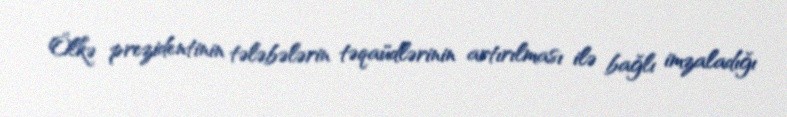
Ölkə prezidentinin tələbələrin təqaüdlərinin artırılması ilə bağlı imzaladığı